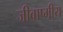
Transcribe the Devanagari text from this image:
जीवाष्मीय